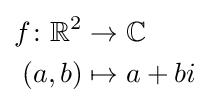
{\begin{aligned}f\colon \mathbb {R} ^{2}&\to \mathbb {C} \\(a,b)&\mapsto a+bi\end{aligned}}